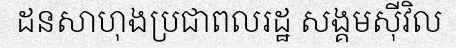
ដនសាហុងប្រជាពលរដ្ឋ សង្គមស៊ីវិល